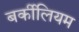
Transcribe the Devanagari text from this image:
बर्कीलियम